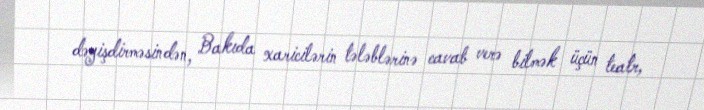
dəyişdirməsindən, Bakıda xaricilərin tələblərinə cavab verə bilmək üçün teatr,